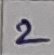
Text: 2